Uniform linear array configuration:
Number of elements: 16
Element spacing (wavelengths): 0.25
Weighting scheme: uniform
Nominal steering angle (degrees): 30
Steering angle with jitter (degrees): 29.164
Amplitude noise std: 0.05
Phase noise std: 0.05

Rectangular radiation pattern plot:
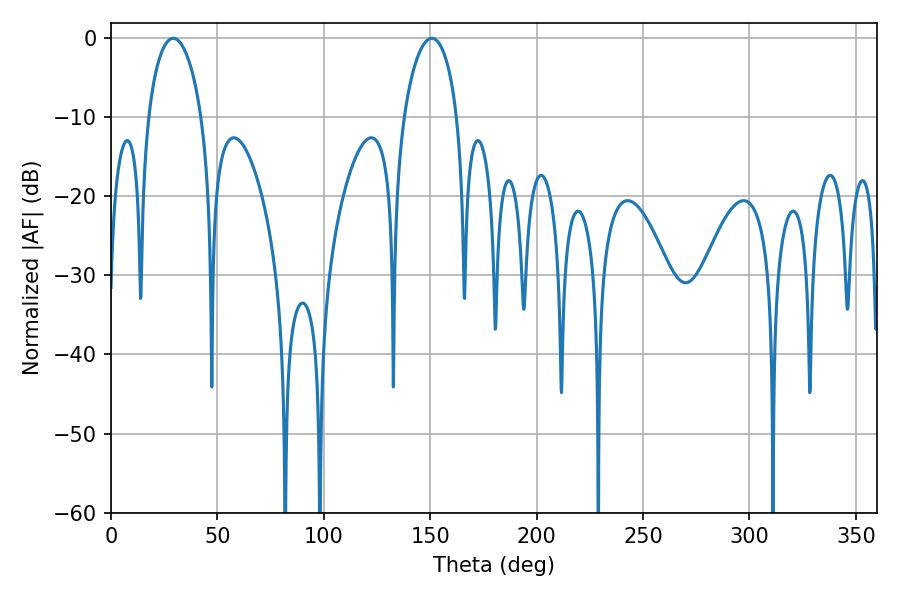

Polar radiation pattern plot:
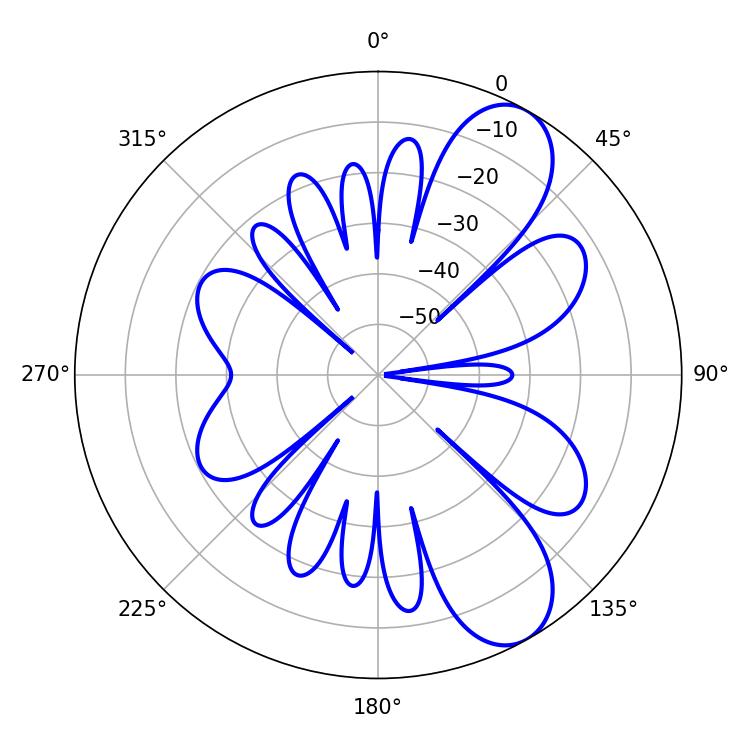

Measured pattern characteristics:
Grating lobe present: FALSE
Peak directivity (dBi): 8.66
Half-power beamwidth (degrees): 14.4
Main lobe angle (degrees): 29.16